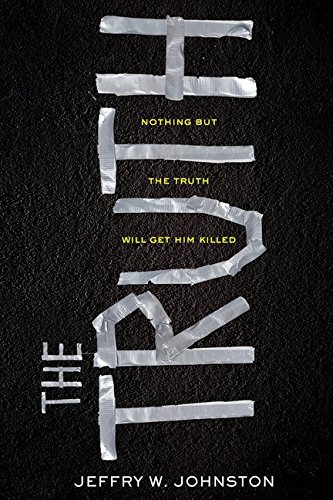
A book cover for The Truth; Jeffry W. Johnston; Teen & Young Adult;